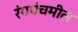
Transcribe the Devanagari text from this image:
रंगपंचमील